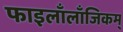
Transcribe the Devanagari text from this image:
फाइलाँलाँजिकम्